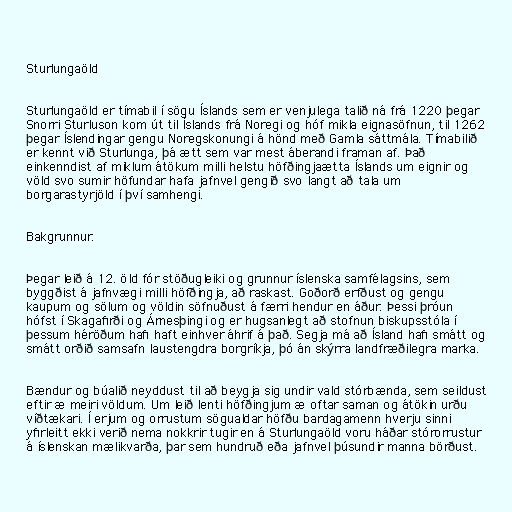
Sturlungaöld

Sturlungaöld er tímabil í sögu Íslands sem er venjulega talið ná frá 1220 þegar
Snorri Sturluson kom út til Íslands frá Noregi og hóf mikla eignasöfnun, til 1262
þegar Íslendingar gengu Noregskonungi á hönd með Gamla sáttmála. Tímabilið
er kennt við Sturlunga, þá ætt sem var mest áberandi framan af. Það
einkenndist af miklum átökum milli helstu höfðingjaætta Íslands um eignir og
völd svo sumir höfundar hafa jafnvel gengið svo langt að tala um
borgarastyrjöld í því samhengi.

Bakgrunnur.

Þegar leið á 12. öld fór stöðugleiki og grunnur íslenska samfélagsins, sem
byggðist á jafnvægi milli höfðingja, að raskast. Goðorð erfðust og gengu
kaupum og sölum og völdin söfnuðust á færri hendur en áður. Þessi þróun
hófst í Skagafirði og Árnesþingi og er hugsanlegt að stofnun biskupsstóla í
þessum héröðum hafi haft einhver áhrif á það. Segja má að Ísland hafi smátt og
smátt orðið samsafn laustengdra borgríkja, þó án skýrra landfræðilegra marka.

Bændur og búalið neyddust til að beygja sig undir vald stórbænda, sem seildust
eftir æ meiri völdum. Um leið lenti höfðingjum æ oftar saman og átökin urðu
víðtækari. Í erjum og orrustum sögualdar höfðu bardagamenn hverju sinni
yfirleitt ekki verið nema nokkrir tugir en á Sturlungaöld voru háðar stórorrustur
á íslenskan mælikvarða, þar sem hundruð eða jafnvel þúsundir manna börðust.